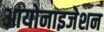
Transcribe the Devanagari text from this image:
आयोनाइजेशन